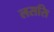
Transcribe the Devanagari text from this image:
लससि